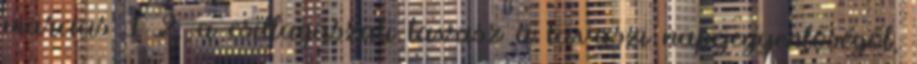
március 1 2. a csillagászati tavasz a tavaszi napéjegyenlőségől,